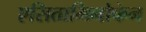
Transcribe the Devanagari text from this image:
एसितामिनोफेन